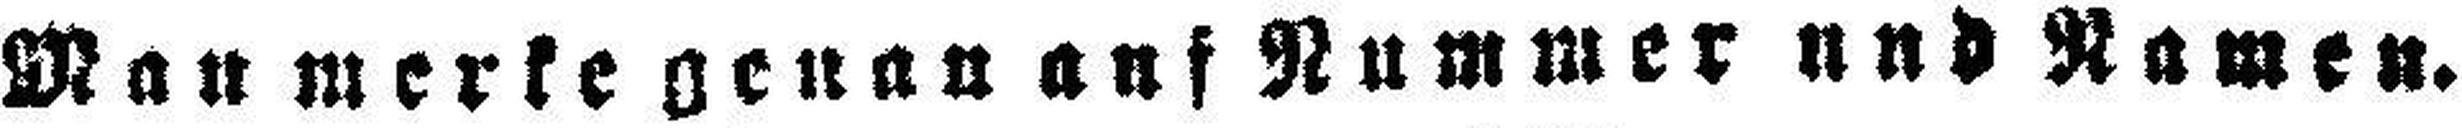
Maumerke genau auf Nummer und Namen.